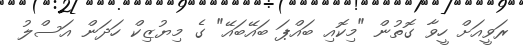
ރަވީއަށް ހީވާ ގޮތުން "މިކޮއި ބައްޕަ ބައޭބައޭ" ގެ މިޔުޒިކް ހަދަން އަސްލު